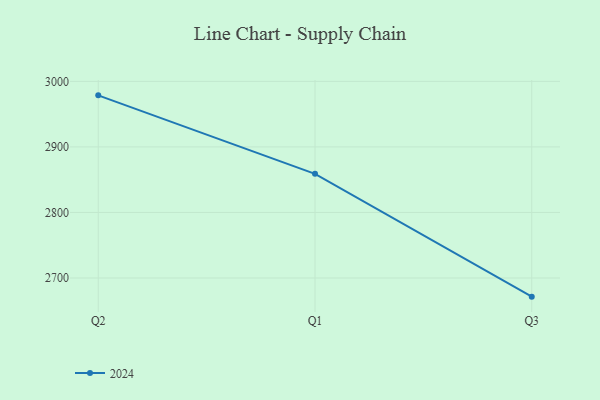
{"axis": {"x": "Quarter", "y": "Shipments"}, "legend": ["2024"], "data": [{"x": "Q2", "y": 2978.7, "type": "2024"}, {"x": "Q1", "y": 2859.0, "type": "2024"}, {"x": "Q3", "y": 2671.5, "type": "2024"}]}